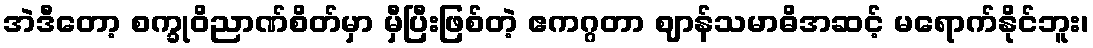
အဲဒီတော့ စက္ခုဝိညာဏ်စိတ်မှာ မှီပြီးဖြစ်တဲ့ ဧကဂ္ဂတာ ဈာန်သမာဓိအဆင့် မရောက်နိုင်ဘူး၊